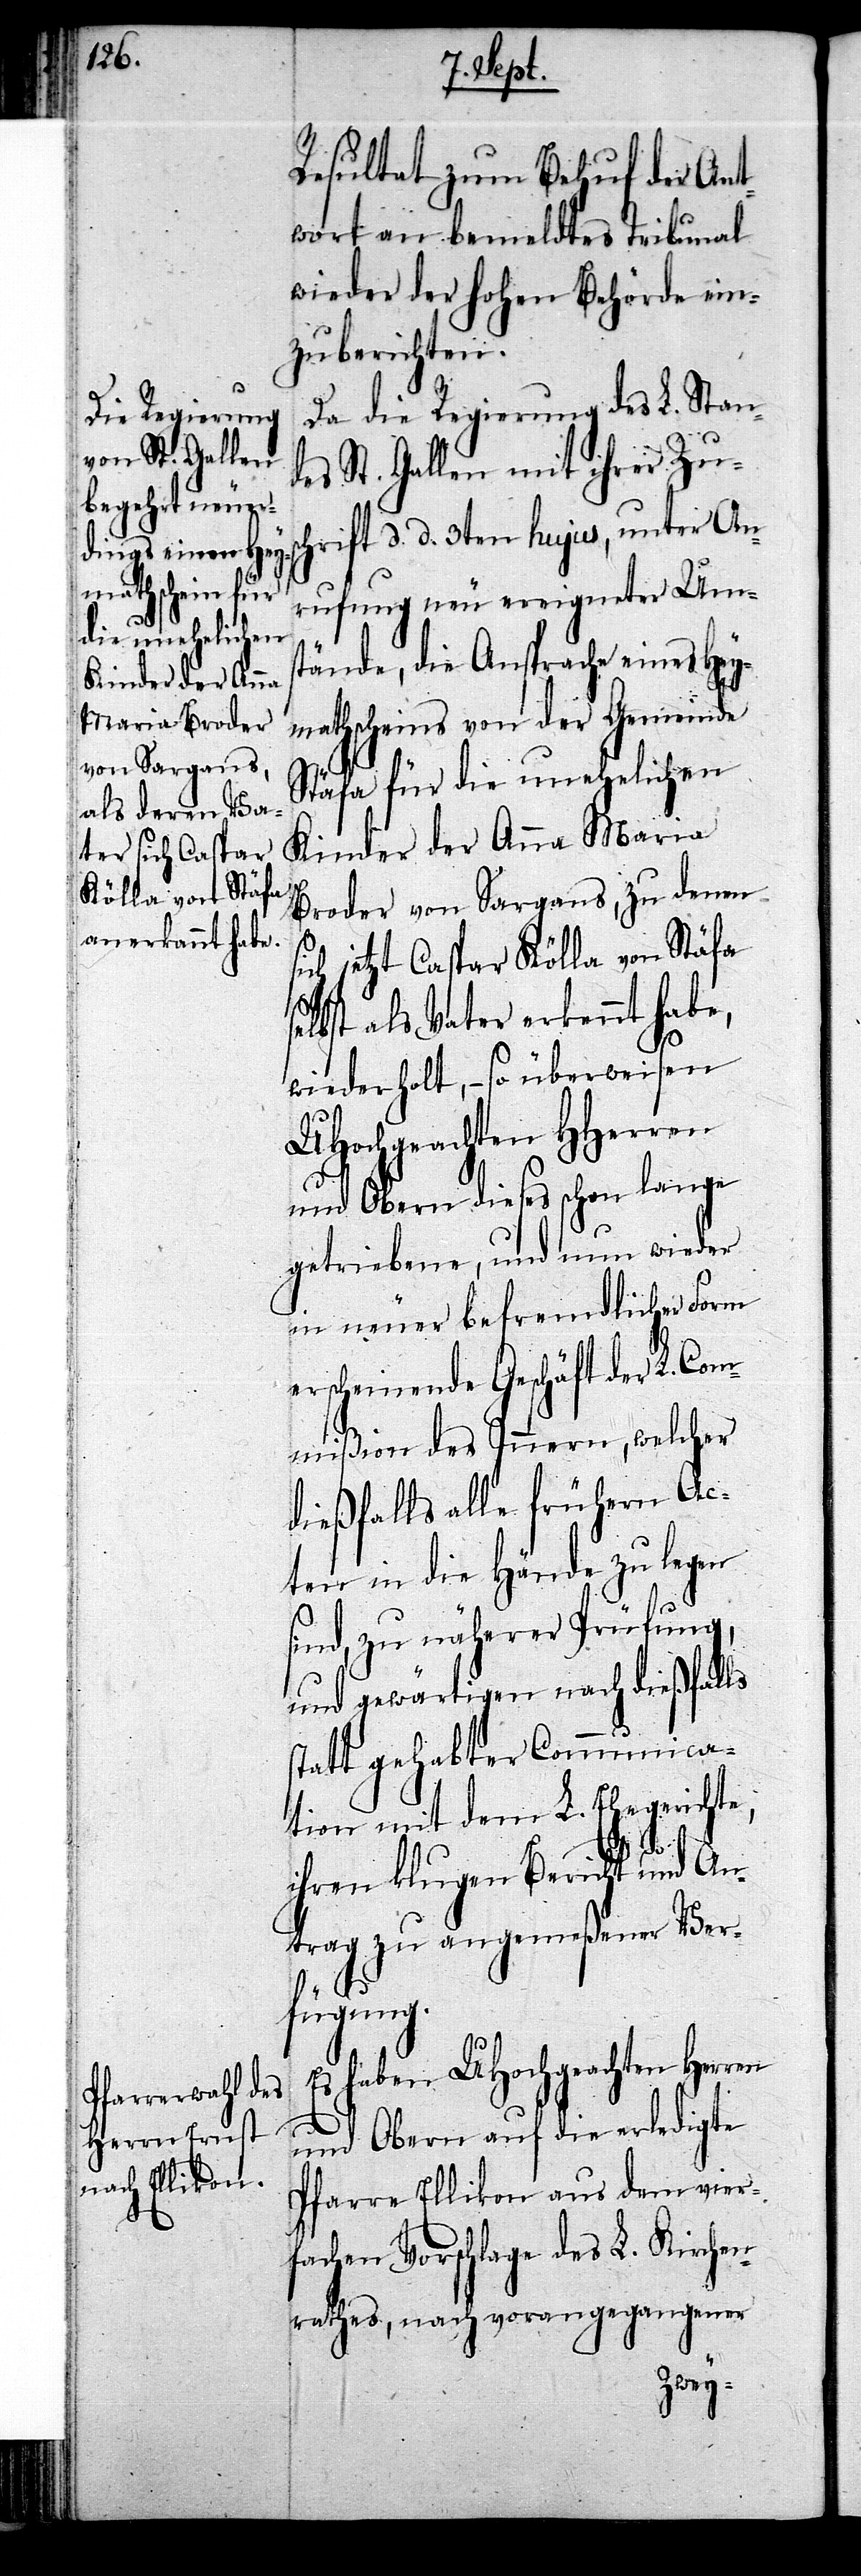
Resultat zum Behuf der Ant¬
wort an bemeldtes Tribunal
wieder der hohen Behörde ein¬
zuberichten.
Da die Regierung des L. Stand¬
es St. Gallen mit ihrer Zus¬
chrift d. d. 3ten hujus, unter An¬
rufung neu ereigneter Ums¬
tände, die Ansprache eines Hey¬
mathscheins von der Gemeinde
Stäfa für die unehelichen
Kinder der Anna Maria
Broder von Sargans, zu denen
s¬
ch jetzt Caspar Kölla von Stäfa
elbst als Vater erkennt habe,
wiederholt, – so überweisen
UHochgeachten HHerren
und Obern dieses schon lange
getriebene, und nun wieder
in neuer befremdlicher Form
erscheinende Geschäft der L. Com¬
mißion des Innern, welcher
dießfalls alle frühern Ac¬
ten in die Hände zu legen
sind, zu näherer Prüfung,
und gewärtigen nach dießfalls
statt gehabter Communica¬
tion mit dem L. Ehegerichte,
ihren klugen Bericht und An¬
trag zu angemeßener Ver¬
fügung.
Es haben UHochgeachten Herren
und Obern auf die erledigte
Pfarre Ellikon aus dem vier¬
fachen Vorschlage des L. Kirchen¬
rathes, nach vorangegangener